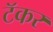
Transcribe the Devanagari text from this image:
टॅकर